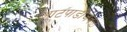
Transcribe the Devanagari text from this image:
आटपाडीजवळ